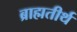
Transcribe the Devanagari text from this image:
ब्राह्मतीर्थ